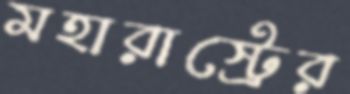
মহারাস্ট্রের